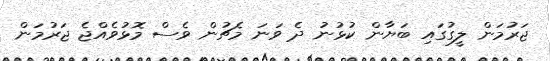
ޖަރުމަން ލީގުގައި ބަޔާން ކުޅުނު ދެ ވަނަ މެޗުން ވެސް މޮޅުވެއްޖެ ޖަރުމަން